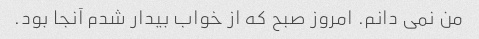
من نمی دانم. امروز صبح که از خواب بیدار شدم آنجا بود.